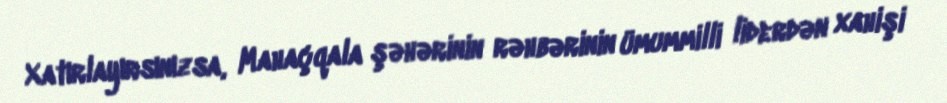
Xatırlayırsınızsa, Mahaçqala şəhərinin rəhbərinin ümummilli liderdən xahişi